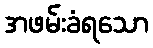
အဖမ်းခံရသော